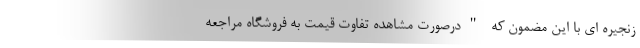
زنجیره ای با این مضمون که "درصورت مشاهده تفاوت قیمت به فروشگاه مراجعه